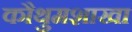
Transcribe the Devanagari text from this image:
कौथुमशाखा